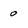
Character: 0